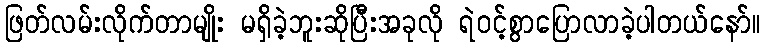
ဖြတ်လမ်းလိုက်တာမျိုး မရှိခဲ့ဘူးဆိုပြီးအခုလို ရဲဝင့်စွာပြောလာခဲ့ပါတယ်နော်။